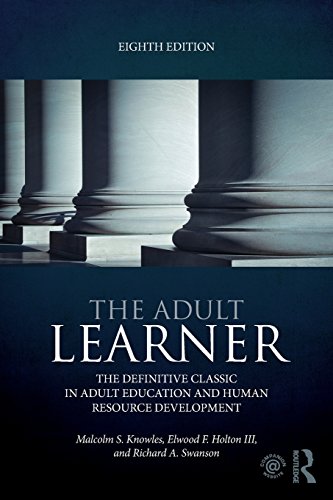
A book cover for The Adult Learner: The definitive classic in adult education and human resource development; Malcolm S. Knowles; Education & Teaching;